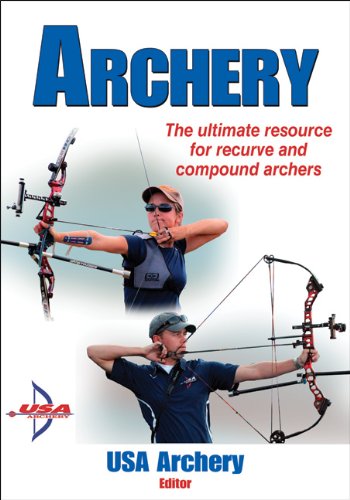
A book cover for Archery; Sports & Outdoors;